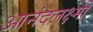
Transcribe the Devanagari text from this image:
आनंदलक्ष्मी